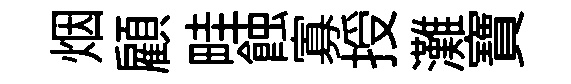
烟顧畦蝕寡授灘寶